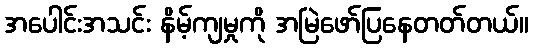
အပေါင်းအသင်း နိမ့်ကျမှုကို အမြဲဖော်ပြနေတတ်တယ်။